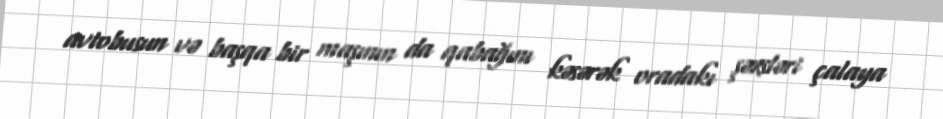
avtobusun və başqa bir maşının da qabağını kəsərək oradakı şəxsləri çalaya